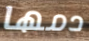
دمها